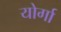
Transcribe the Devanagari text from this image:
योर्गा